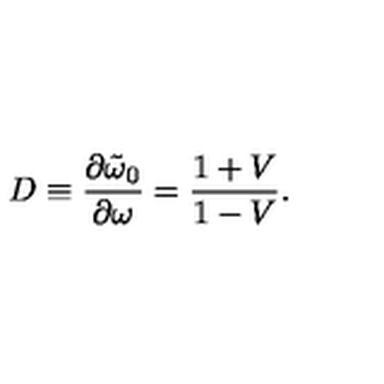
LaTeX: D \equiv { \frac { \partial \tilde { \omega } _ { 0 } } { \partial \omega } } = { \frac { 1 + V } { 1 - V } } .